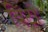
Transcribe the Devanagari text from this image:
विंटो